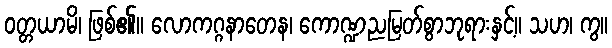
ဝတ္တယာမိ၊ ဖြစ်၏။ လောကဂ္ဂနာတေန၊ ကောဏ္ဍညမြတ်စွာဘုရားနှင့်။ သဟ၊ ကွ။